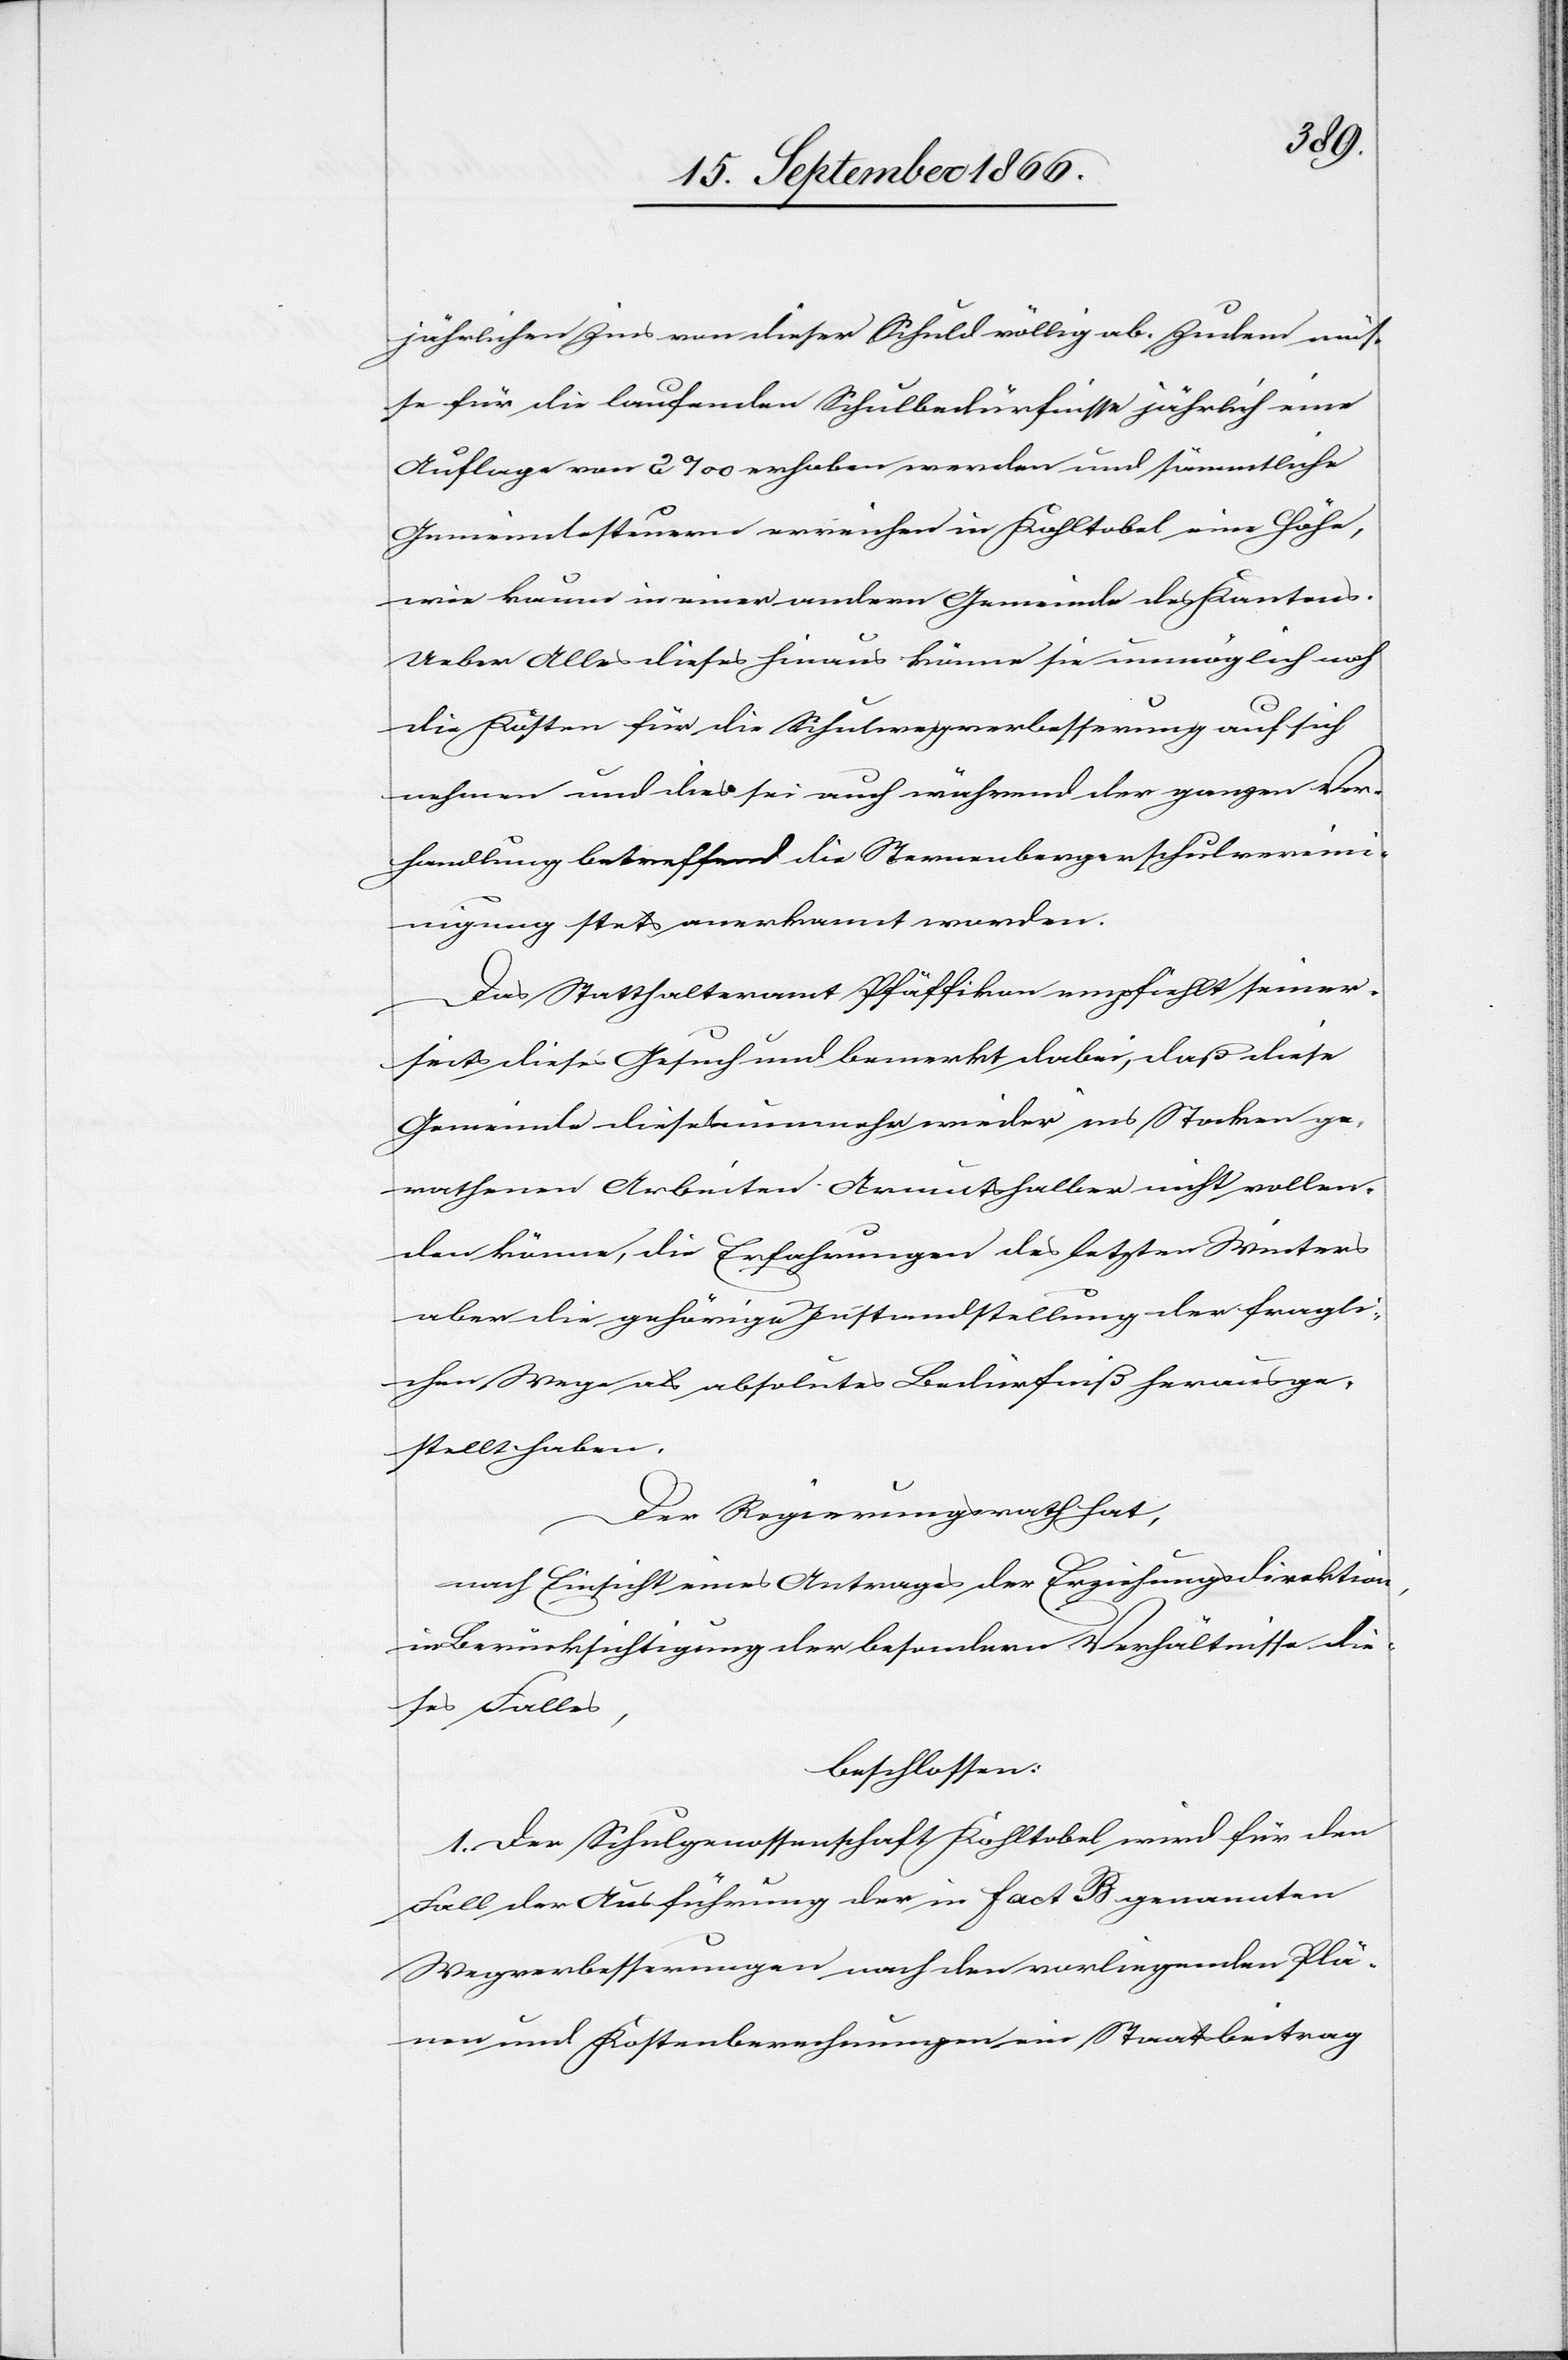
jährlichen Zins von dieser Schuld völlig ab. Zudem müs¬
se für die laufenden Schulbedürfnisse jährlich eine
Auflage von 2 ‰ erhoben werden und sämmtliche
Gemeindesteuern erreichen in Kohltobel eine Höhe,
wie kaum in einer andern Gemeinde des Kantons.
Ueber Alles dieses hinaus könne sie unmöglich noch
die Kosten für die Schulwegverbesserung auf sich
nehmen und dies sei auch während der ganzen Ver¬
handlung betreffend die Sternenbergerschulvere¬
inigung stets anerkannt worden.
Das Statthalteramt Pfäffikon empfiehlt seiner¬
seits dieses Gesuch und bemerkt dabei, daß diese
Gemeinde diese nunmehr wieder ins Stocken ge¬
rathenen Arbeiten Armutshalber nicht vollen¬
den könne, die Erfahrungen des letzten Winters
aber die gehörige Instandstellung der fragli¬
chen Wege als absolutes Bedürfniß herausge¬
stellt haben.
Der Regierungsrath hat,
nach Einsicht eines Antrages der Erziehungsdirektion,
in Berücksichtigung der besondern Verhältnisse die¬
ses Falles,
beschlossen:
1. Der Schulgenossenschaft Kohltobel wird für den
Fall der Ausführung der in Fact. B genannten
Wegverbesserungen nach den vorliegenden Plä¬
nen und Kostenberechnungen ein Staatsbeitrag